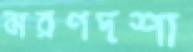
মরণদশা